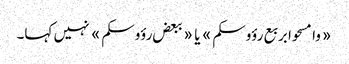
«وامسحوا بربع رؤوسکم» یا «ببعض رؤوسکم» نہیں کہا۔